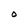
Character: O